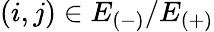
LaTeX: (i,j)\in E_{(-)}/E_{(+)}